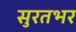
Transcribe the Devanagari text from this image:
सुरतभर